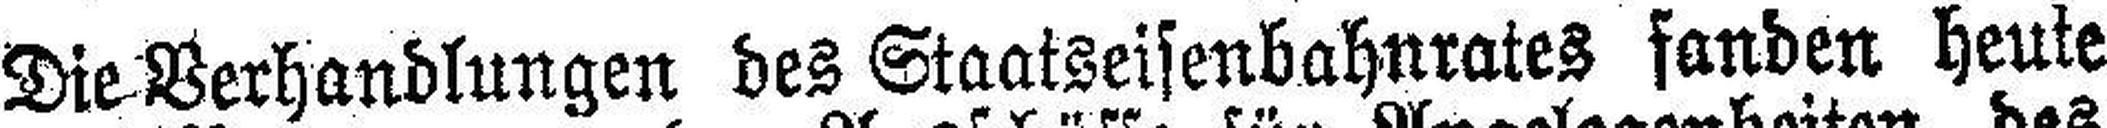
Die Verhandlungen des Staatseisenbahnrates fanden heute